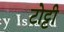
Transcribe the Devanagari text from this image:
टोट्टी